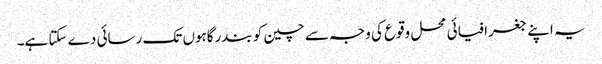
یہ اپنے جغرافیائی محل وقوع کی وجہ سے چین کو بندرگاہوں تک رسائی دے سکتا ہے۔